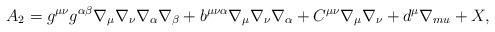
LaTeX: \begin{align*}A_2 = g^{\mu\nu}g^{\alpha\beta}\nabla_{\mu}\nabla_{\nu}\nabla_{\alpha}\nabla_{\beta} + b^{\mu\nu\alpha}\nabla_{\mu}\nabla_{\nu}\nabla_{\alpha} +C^{\mu\nu}\nabla_{\mu}\nabla_{\nu} + d^{\mu}\nabla_{mu} + X,\end{align*}